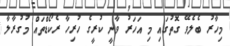
މިހާރު ބެލެވޭ ގޮތުގައި މި އަހަރު ވާނީ ކުރީގެ ހުރިހާ ރެކޯޑްތައް މުގުރާލާ